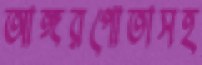
আঙ্গরপোতাসহ